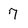
Character: 7